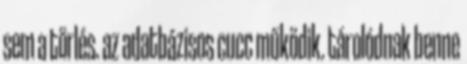
sem a törlés. az adatbázisos cucc működik. tárolódnak benne